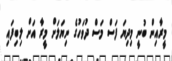
މީރާއިން ބުނީ މިދިޔަ ފަސް މަސް ދުވަހުގެ ނިޔަލަށް މީރާ އަށް ލިބިފައި